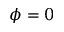
\phi = 0